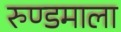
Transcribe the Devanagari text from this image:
रुण्डमाला